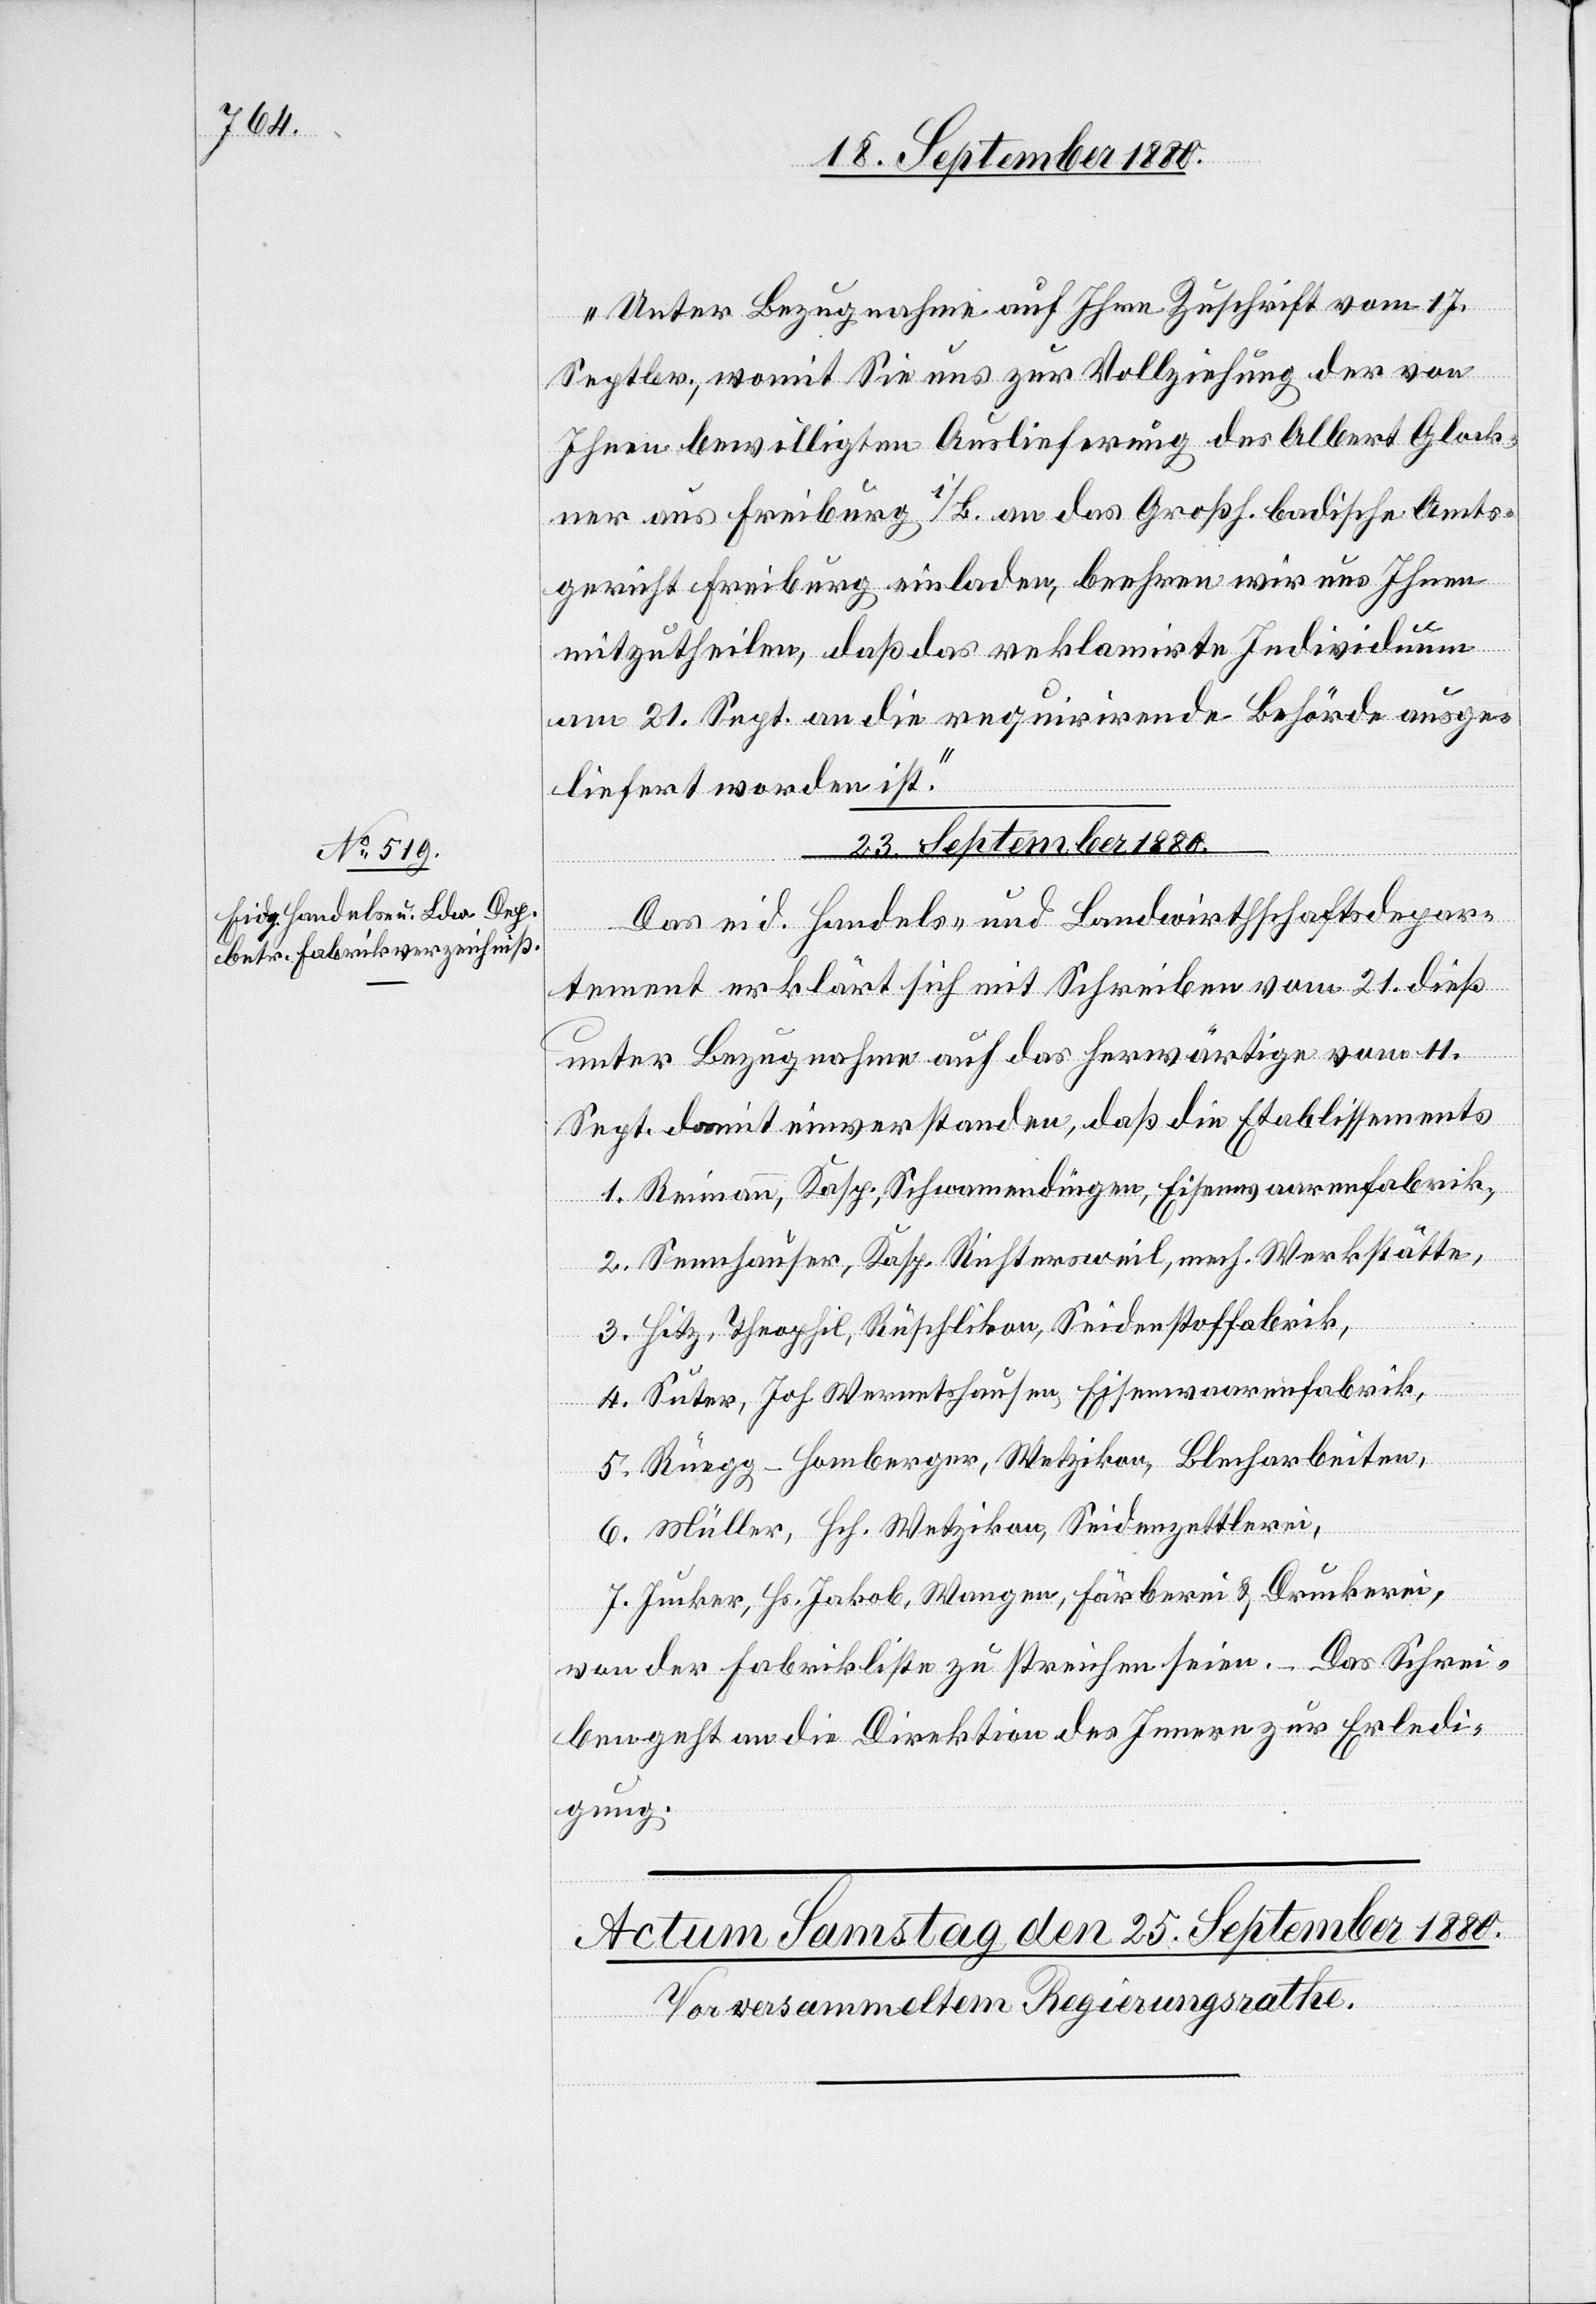
„Unter Bezugnahme auf Ihre Zuschrift vom 17.
Septbr., womit Sie uns zur Vollziehung der von
Ihnen bewilligten Auslieferung des Albert Glock¬
ner aus Freiburg i/B. an das Großh. badische Amts¬
gericht Freiburg einladen, beehren wir uns Ihnen
mitzutheilen, daß das reklamirte Individuum
am 21. Sept. an die requirirende Behörde ausge¬
liefert worden ist.“
23. September 1880.
Das eid. Handels- und Landwirthschaftsdepar¬
tement erklärt sich mit Schreiben vom 21. dieß
unter Bezugnahme auf das herwärtige vom 11.
Sept. damit einverstanden, daß die Etablissements
1. Reimann, Kasp., Schwammendingen, Eisenwaarenfabrik,
2. Sennhauser, Kasp. Richtersweil, mech. Werkstätte,
3. Hitz, Theophil, Rüschlikon, Seidenstofffabrik,
4. Suter, Joh. Wernetshausen, Eisenwaarenfabrik,
5. Rüegg-Homberger, Wetzikon, Blecharbeiten,
6. Müller, Hch. Wetzikon, Seidenzettlerei,
7. Jucker, Hs. Jakob, Wangen, Färberei & Druckerei,
von der Fabrikliste zu streichen seien. Das Schrei¬
ben geht an die Direktion des Innern zur Erledi¬
gung.